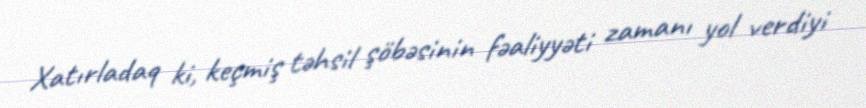
Xatırladaq ki, keçmiş təhsil şöbəsinin fəaliyyəti zamanı yol verdiyi